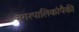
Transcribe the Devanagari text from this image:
नगरपालिकांपैकी